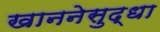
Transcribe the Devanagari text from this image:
खाननेसुद्धा